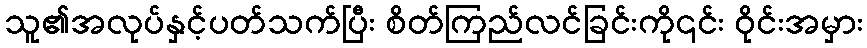
သူ၏အလုပ်နှင့်ပတ်သက်ပြီး စိတ်ကြည်လင်ခြင်းကို၎င်း ဝိုင်းအမှား